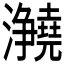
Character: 𪸊